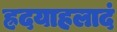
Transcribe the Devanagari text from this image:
ह्रदयाहलादं